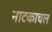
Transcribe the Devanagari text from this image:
नाटकाचल